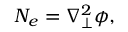
N _ { e } = \nabla _ { \perp } ^ { 2 } \phi ,